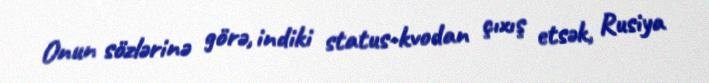
Onun sözlərinə görə, indiki status-kvodan çıxış etsək, Rusiya